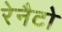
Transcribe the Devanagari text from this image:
रेनैटो